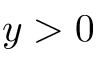
y > 0